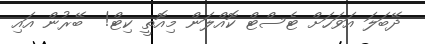
ދޭބަލަ އަވަހަށް ޓެސްޓް ކޮއްލަން މިއޮތީ ކިޓް!  ބޭރުން އައި